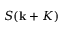
S ( { \bf k } + { \cal K } )